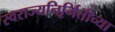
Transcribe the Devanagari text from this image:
स्वराज्यनिर्र्मितीच्या